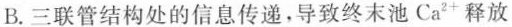
B. 三联管结构处的信息传递，导致终末池 Ca^{2+} 释放